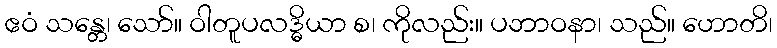
ဧဝံ သန္တေ၊ သော်။ ဝါတူပလဒ္ဓိယာ စ၊ ကိုလည်း။ ပဘာဝနာ၊ သည်။ ဟောတိ၊